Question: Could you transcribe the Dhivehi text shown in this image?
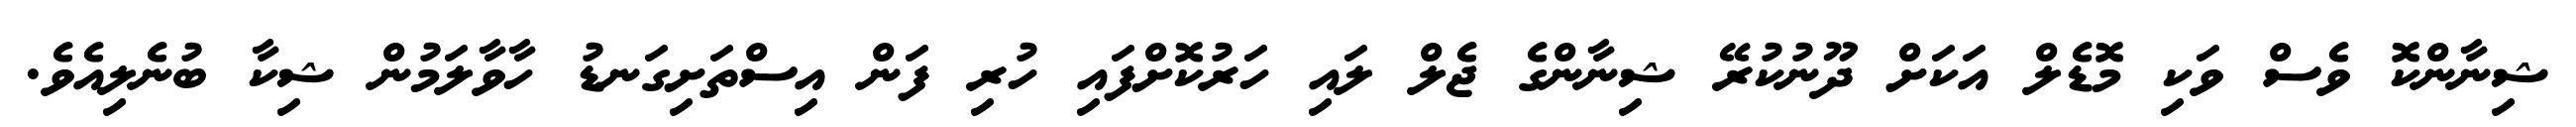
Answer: ޝިނާންކޮ ވެސް ވަކި މޮޑެލް އަކަށް ދޫނުކުރޭ ޝިނާންގެ ޖެލް ލައި ހަރުކޮށްފައި ހުރި ފަން އިސްތަށިގަނޑު ހާވާލަމުން ޝިކާ ބުނެލިއެވެ.